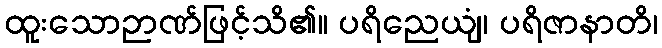
ထူးသောဉာဏ်ဖြင့်သိ၏။ ပရိညေယျံ၊ ပရိဇာနာတိ၊